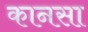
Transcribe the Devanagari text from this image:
कानसा